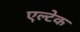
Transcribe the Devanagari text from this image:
एल्टेक